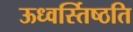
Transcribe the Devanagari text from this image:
ऊध्वर्स्तिष्ठति